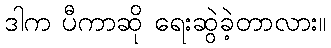
ဒါက ပီကာဆို ရေးဆွဲခဲ့တာလား။